Report on plague in the Punjab from October 1st ... to September 30th ..., being the ... season of plague in the province
Disease focus: Plague
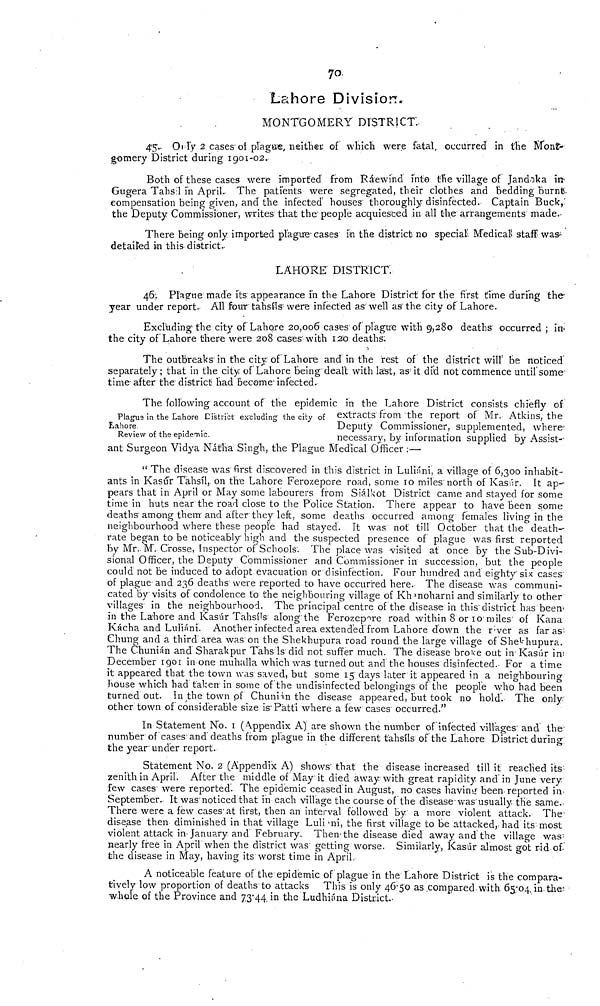
70
Lahore Division.
MONTGOMERY DISTRICT.
45., O, l' y 2 cases of plague, neither of which were fatal, occurred in the Mont-
g-omery District during 1901-02.
Both of these cases were imported from Ráewind inte the village of Jandoka in-
Gugera Tahsil in April. The patients were segregated, their clothes and bedding Burnt-
compensation being given, and the infected' houses "thoroughly disinfected. Captain Buck,'
the Deputy Commissioner, writes that the people acquiesced in all the arrangements made-
There being only imported plague cases in the district no special Medical staff was
detailed in this district..
LAHORE DISTRICT.
46:. Plague made its appearance in the Lahore District for the first time during the
year under report. All four tahslls" were infected as well as the city of Lahore.
Excluding the city of Lahore 20,006 cases of plague with 9,280 deaths occurred ; in
the city of Lahore there were 208 cases with 120 deaths:
The outbreaks in the city of Lahore and in the rest of the district will' be noticed
separately ; that in the city of Lahore being dealt with last, as' it did not commence until some
time after the district liad become infected.
Plagus in the Lahore District excluding the city of
Lahore
Review of the epidemic.
The following account of the epidemic in the Lahore District consists chiefly of
extracts from the report of Mr. Atkins, the
Deputy Commissioner, supplemented, where-
necessary, by information supplied by Assist-
ant Surgeon Vidya Nátha Singh, the Plague Medical Officer :—•
" The disease was first discovered in this district in Luli
ni, a village of 6,300 inhabit-
ants in Kas
r Tahsil, on the Lahore Ferozepcre road, some 10 miles north of Kas
r. It ap-
pears that in April or May some labourers from Siálkot District came and stayed for some
time in huts near the road close to the Police Station. There appear to have been some
deaths among them and after they left, some deaths occurred among females living in the
neighbourhood where these people had stayed. It was not till October that the death-
rate began to be noticeably high and the suspected presence of plague was first reported
by Mr. M". Crosse, Inspector of Schools. The place was visited at once by the Sub-Divi-
sional Officer, the Deputy Commissioner and Commissioner in succession, but the people
could not be induced to adopt evacuation or disinfection. Four hundred and eighty six cases
of plague-and 236 deaths were reported to have occurred here. The disease was communi-
cated by visits of condolence to the neighbouring village of Khanoharni and similarly to other
villages in the neighbourhood. The principal centre of the disease in this district has been.
in the Lahore and Kas
r Tahsils along the Ferozepare road within 8 or 10 miles of Kana
Kácha and Luliáni. Another infected area extended from Lahore down the river as far as
Chung and a third' area was on the Shekhupura road round the large village of Shekhupura.
The Chunián and Sharakpur Tahs Is did not suffer much. The disease broke out in Kasúr in
December 1901 in one muhalla which was turned out and the houses disinfected. For a time
it appeared that the town was saved, but some 15 days later it appeared in a neighbouring
house which had taken in some of the undisinfected belongings of the people who had been
turned out. In the town of Chunián the disease appeared, but took no hold. The only
other town of considerable size is Patti where a few cases occurred."
In Statement No. 1 (Appendix A) are shown the number of infected villages and the
number of cases and deaths from plague in the different tahsils of the Lahore District during'
the year" under report.
Statement No. 2 (Appendix A) shows" that the disease increased till it reached its-
zenith in April. After the middle of May it died away with great rapidity and in June very
few cases were reported. The epidemic ceased in August, no cases having been reported in
September. It was noticed that in each village the course of the disease was usually the same.
There were a few cases 1 at first, then an interval followed by a more violent attack. The
disease then diminished in that village Luliáni, the first village to be attacked, had its most
violent attack in January and February. Then the disease died away and the village was
nearly free in April when the district was getting worse. Similarly, Kasúr almost got rid of.
the disease in May, having its worst time in April.
A noticeable feature of the epidemic of plague in the Lahore District is the compara-
tively low proportion of deaths to attacks This is only 46.50 as compared with 65.04, in the
whole of the Province and 73.44. in the Ludhiána District.